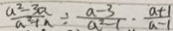
\frac { a ^ { 2 } - 3 a } { a ^ { 2 } + n } \div \frac { a - 3 } { a ^ { 2 } - 1 } \cdot \frac { a + 1 } { a - 1 }